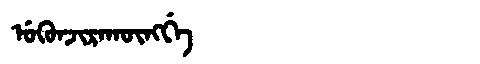
Manchu: ᡠᡴᡠᠨᠵᡳᡵᠠᡴᡡᠩᡤᡝ
Romanization: UKUNJIRAKŪNGGE